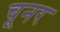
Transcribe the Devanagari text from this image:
चूनर